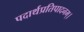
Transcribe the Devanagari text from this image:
पदार्थप्रतिपादनम्।